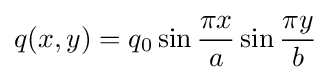
q(x,y)=q_{0}\sin {\frac {\pi x}{a}}\sin {\frac {\pi y}{b}}